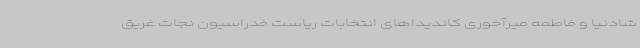
شادنیا و فاطمه میرآخوری کاندیداهای انتخابات ریاست فدراسیون نجات غریق